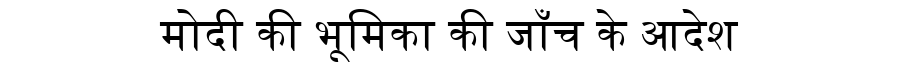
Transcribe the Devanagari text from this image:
मोदी की भूमिका की जाँच के आदेश